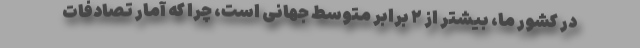
در کشور ما، بیشتر از ۲ برابر متوسط جهانی است، چرا که آمار تصادفات